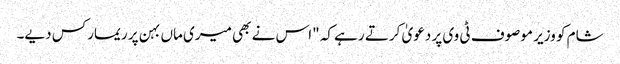
شام کو وزیر موصوف ٹی وی پر دعویٰ کرتے رہے کہ "اس نے بھی میری ماں بہن پر ریمارکس دیے۔